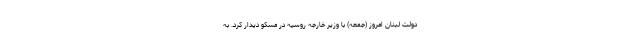
دولت لبنان امروز (جمعه) با وزیر خارجه روسیه در مسکو دیدار کرد. به